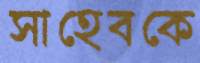
সাহেবকে